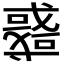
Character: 𢨋